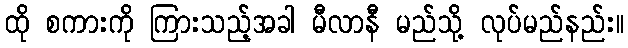
ထို စကားကို ကြားသည့်အခါ မီလာနီ မည်သို့ လုပ်မည်နည်း။